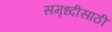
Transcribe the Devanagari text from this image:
समृध्दीसाठी